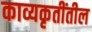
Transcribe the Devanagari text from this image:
काव्यकृतींतील